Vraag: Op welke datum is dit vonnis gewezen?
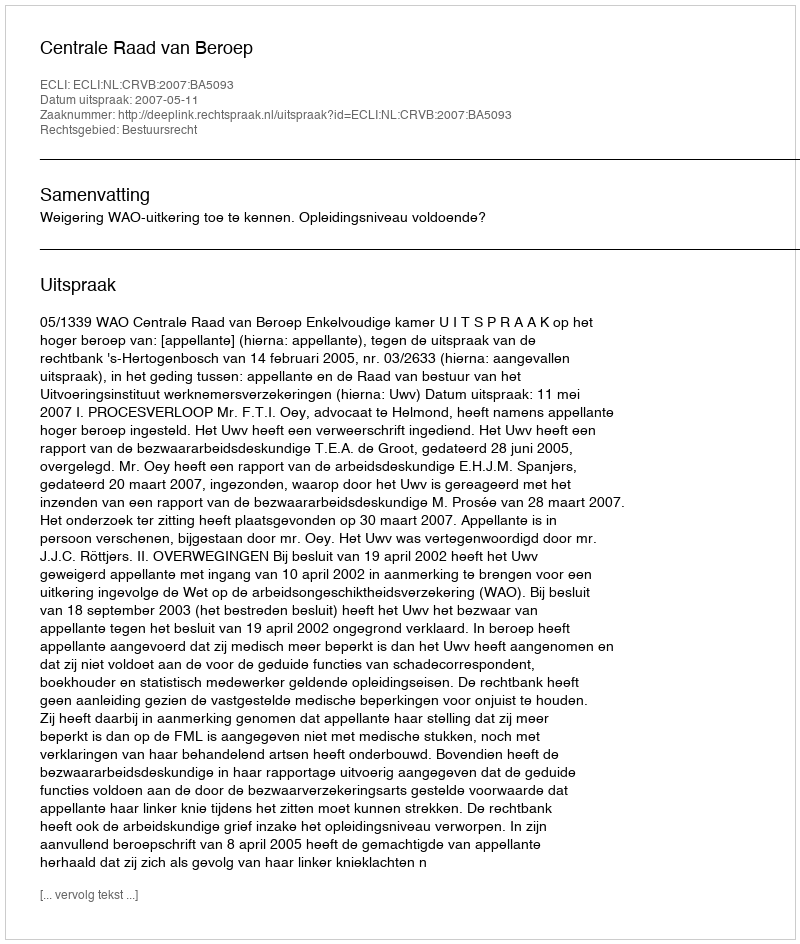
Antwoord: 2007-05-11